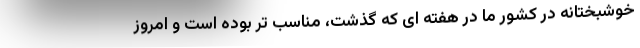
خوشبختانه در کشور ما در هفته ای که گذشت، مناسب تر بوده است و امروز